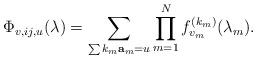
LaTeX: \begin{align*}\Phi_{v,ij,u}(\lambda) = \sum_{\sum k_m{\bf a}_m = u} \prod_{m=1}^N f_{v_m}^{(k_m)}(\lambda_m).\end{align*}